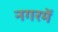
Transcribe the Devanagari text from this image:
नगरमें